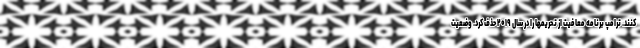
کنند. ترامپ برنامه معافیت از تحریمها را در سال ۲۰۱۹ حذف کرد. وضعیت